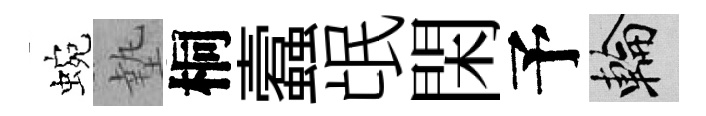
蜿墊桐蠧氓閑予輪